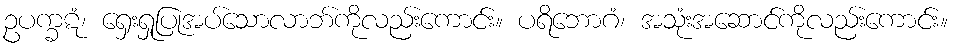
ဥပက္ခဋံ၊ ရှေးရှုပြုအပ်သောလာဘ်ကိုလည်းကောင်း။ ပရိဘောဂံ၊ အသုံးအဆောင်ကိုလည်းကောင်း။